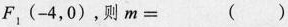
F_{1}(-4，0)，则m=（）